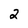
Character: 2